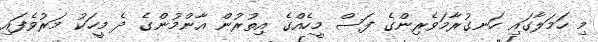
މި ހަމަލާގައި ހަނގުރާމަވެރިންގެ ފަސް މީހެއްގެ އިތުރުން އާންމުންގެ ދެ މީހަކު މަރުވެފައި